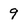
Character: 9